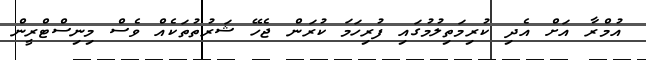
އުމްރާ އަށް އެދި ކުރިމަތިލުމުގައި ފުރިހަމަ ކުރަން ޖެހޭ ޝަރުތުތަކެއް ވެސް މިނިސްޓްރީން